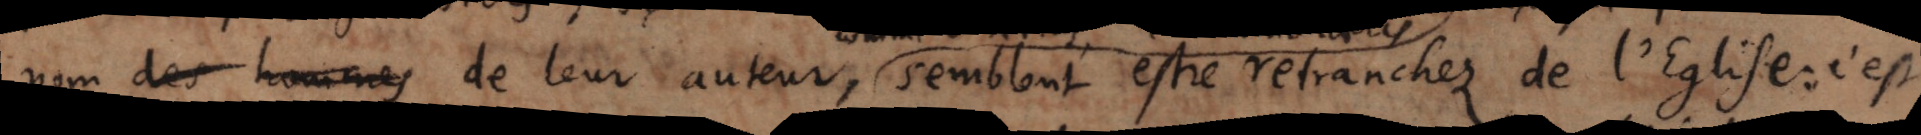
nom des hommes de leur auteur, semblant estre retranchez de l’Eglise : c’est